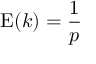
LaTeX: \operatorname { E } ( k ) = { \frac { 1 } { p } }